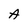
Character: A